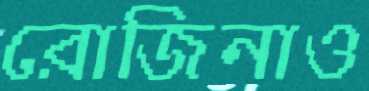
রোজিনাও